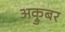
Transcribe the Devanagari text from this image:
अक्रुबर